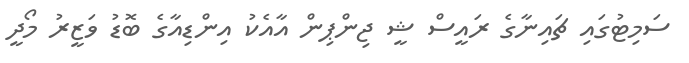
ސަމިޓުގައި ޗައިނާގެ ރައީސް ޝީ ޖިންޕިން އާއެކު އިންޑިއާގެ ބޮޑު ވަޒީރު މޯދީ